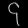
Digit: ၄